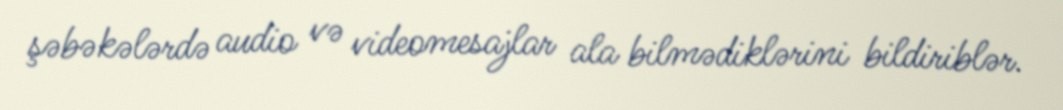
şəbəkələrdə audio və videomesajlar ala bilmədiklərini bildiriblər.